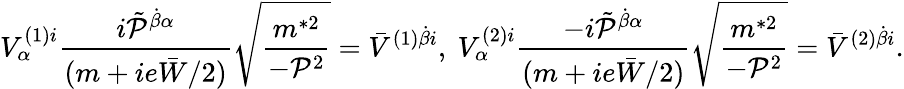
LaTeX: {\displaystyle V_{\alpha}^{(1)i}\frac{i\tilde{\cal P}^{\dot{\beta}\alpha}}{(m+ie\bar{W}/2)}\sqrt{\frac{m^{*2}}{-{\cal P}^{2}}}=\bar{V}^{(1)\dot{\beta}i}\mathrm{,~}V_{\alpha}^{(2)i}\frac{-i\tilde{\cal P}^{\dot{\beta}\alpha}}{(m+ie\bar{W}/2)}\sqrt{\frac{m^{*2}}{-{\cal P}^{2}}}=\bar{V}^{(2)\dot{\beta}i}}.